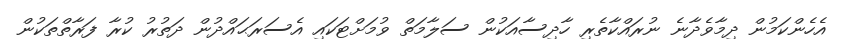
އެހެންކަމުން ދިމާވެދާނެ ނުރައްކާތެރި ހާދިސާއަކުން ސަލާމަތް ވުމަށްޓަކައި އެސަރަޙައްދުން ދަތުރު ކުރާ ފަރާތްތަކުން